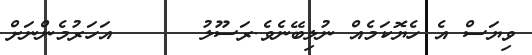
ވިޔަސް އެ ހެޔޮކަމެއް ނުލިބޭނެވެ.ރަސޫލު      އަަހަރުމެންނަށް